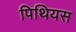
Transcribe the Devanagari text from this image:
पिथियस